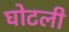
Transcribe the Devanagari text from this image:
घोटली